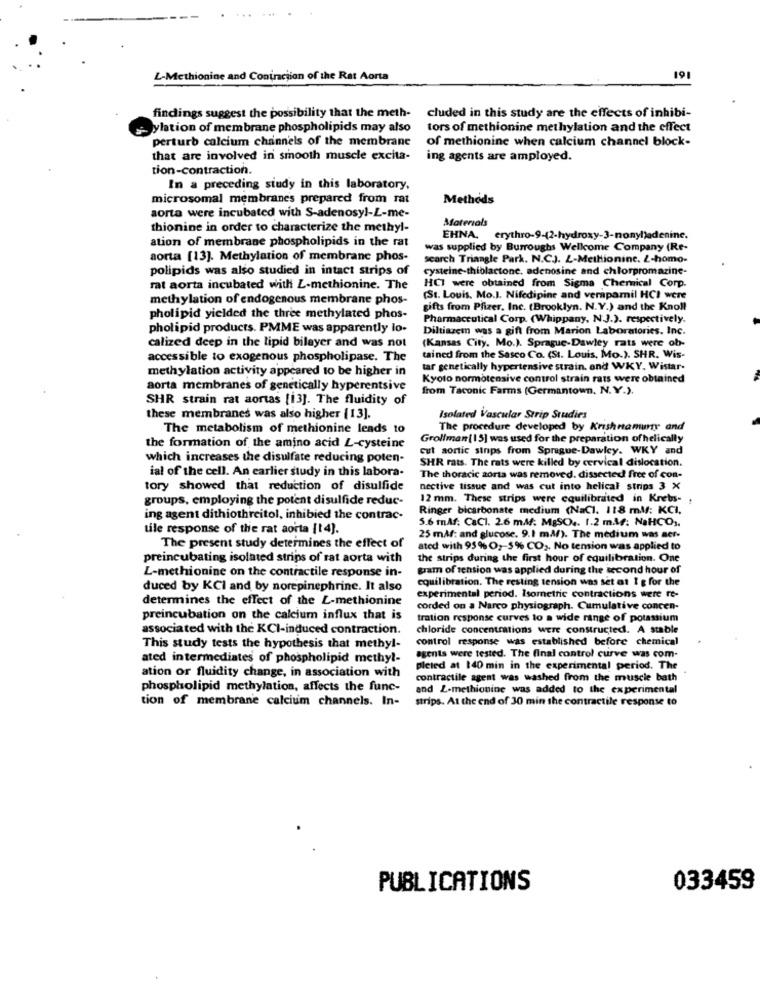
L-Methionine and Contraction of the Rat Aorta
191
findings suggest the possibility that the meth- cluded in this study are the effects of inhibi-
ylation of membrane phospholipids may also
tors of methionine methylation and the effect
perturb calcium channels of the membrane
of methionine when calcium channel block-
that are involved in smooth muscle excita-
ing agents are amployed.
tion-contraction.
In a preceding study in this laboratory,
microsomal membranes prepared from rat
Methods
aorta were incubated with S-adenosy !- L-me-
thionine in order to characterize the methyl-
Materials
ation of membrane phospholipids in the rat
EHNA,
erythro-9-(2-hydroxy-3-nonyl)adenine.
was supplied by Burroughs Wellcome Company (Re-
aorta [13]. Methylation of membrane phos-
search Triangle Park. N.C.J. L-Methionine. Z-homo-
polipids was also studied in intact strips of
cysteine-thiblactone. adenosine and chlorpromazine-
rat aorta incubated with L-methionine. The
HCI were obtained from Sigma Chemical Corp.
methylation of endogenous membrane phos-
(St. Louis, Mo.J. Nifedipine and verapamil HCI were
gifts from Pfizer. Inc. (Brooklyn. N.Y.) and the Knoll
pholipid yielded the three methylated phos-
Pharmaceutical Corp. (Whippany, N.J.). respectively.
pholipid products. PMME was apparently lo.
Diltiazem was a gift from Marion Laboratories. Inc.
(Kansas City. Mo.). Sprague-Dawley rats were ob-
calized deep in the lipid bilayer and was not
accessible to exogenous phospholipase. The
tained from the Sasco Co. (St. Louis, Mo.). SHR. Wis-
methylation activity appeared to be higher in
tar genetically hypertensive strain. and WKY, Wistar-
Kyoto normotensive control strain rats were obtained
aorta membranes of genetically hyperentsive
from Taconic Farms (Germantown, N.Y.).
SHR strain rat aortas [13]. The fluidity of
these membranes was also higher [13].
Isolated Vascular Strip Studies
The metabolism of methionine leads to
The procedure developed by Krishnamuy and
Grollman [15] was used for the preparation ofhelically
the formation of the amino acid L-cysteine
cut aortic sinps from Sprague-Dawley. WKY and
which increases the disulfate reducing poten-
SHR rats. The rats were killed by cervical dislocation.
ial of the cell. An earlier study in this labora-
The thoracic aorta was removed. dissected free of con-
tory showed that reduction of disulfide
nective tissue and was cut into helical strips 3 X
groups, employing the potent disulfide reduc-
12 mm. These strips were equilibrated in Krebs- ,
Ringer bicarbonate medium (NaCl. 118 ml/: KCI,
ing agent dithiothreitol, inhibied the contrac-
5.6 mAf: CaCl. 2.6 m.M. MgSO .. 1.2 ml; NaHCO ;,
tile response of the rat aorta [1 4].
25 mM/: and glucose. 9.1 ml/). The medium was aer-
The present study determines the effect of
ated with 95% O2-5% CO2, No tension was applied to
preincubating isolated strips of rat aorta with
the strips during the first hour of equilibration. One
L-methionine on the contractile response in-
gram of tension was applied during the second hour of
equilibration. The resting tension was set at 1 g for the
duced by KCI and by norepinephrine. It also
determines the effect of the L-methionine
experimental period. Isometric contractions were re-
corded on a Narco physiograph. Cumulative concen-
preincubation on the calcium influx that is
tration response curves to a wide range of potassium
associated with the KCI-induced contraction.
chloride concentrations were constructed. A stable
control response was established before chemical
This study tests the hypothesis that methyl-
ated intermediates of phospholipid methyl-
agents were tested. The final control curve was com-
pleted at 140 min in the experimental period. The
ation or fluidity change, in association with
contractile agent was washed from the muscle bath
phospholipid methylation, affects the func-
and L-methionine was added to the experimental
tion of membrane calcium channels. In-
strips. At the end of 30 min the contractile response to
PUBLICATIONS
033459